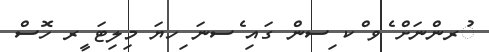
ުރންނަށް ެވ ްކ ިސން ގައި ެސނަ ިހޔަ މިލިޓަ ީރ ހޮސް